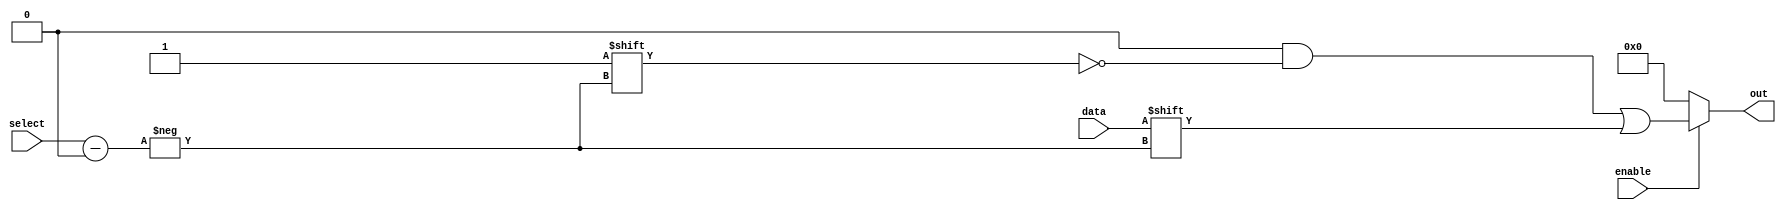
module parameterized_demux #(parameter N = 4) (
    input wire data,               // Single data input line (1 bit)
    input wire [$clog2(N)-1:0] select, // Select input vector to choose output
    input wire enable,             // Enable signal to control the demux
    output reg [N-1:0] out        // Output vector (N output lines)
);

    integer i; // Loop variable for output assignment

    always @(*) begin
        // Initialize all outputs to 0
        out = {N{1'b0}}; // Set all outputs to 0

        if (enable) begin
            // Set the selected output to the value of data
            out[select] = data;
        end
    end

endmodule